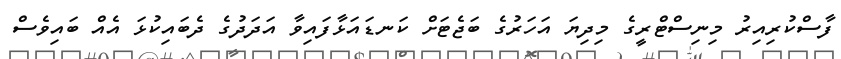
ފާސްކުރިއިރު މިނިސްޓްރީގެ މިދިޔަ އަހަރުގެ ބަޖެޓަށް ކަނޑައަޅާފައިވާ އަދަދުގެ ދެބައިކުޅަ އެއް ބައިވެސް